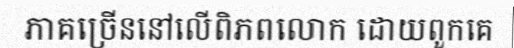
ភាគច្រើននៅលើពិភពលោក ដោយពួកគេ